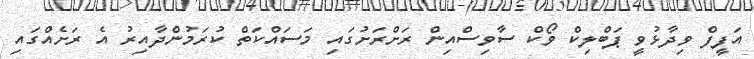
އަފީފް ވިދާޅުވީ ޕަބްލިކް ވޯކް ސާވިސްއިން ރަށްރަށުގައި މަސައްކަތް ކުރަމުންދާއިރު އެ ރަށެއްގައި